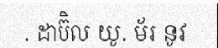
. ដាប៊ិល យូ. ម័រ នូវ